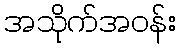
အသိုက်အဝန်း